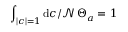
\int _ { | c | = 1 } { \mathrm { d } c } / { \mathcal { N } } \, \Theta _ { a } = 1